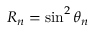
R _ { n } = \sin ^ { 2 } \theta _ { n }